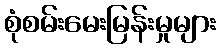
စုံစမ်းမေးမြန်းမှုများ